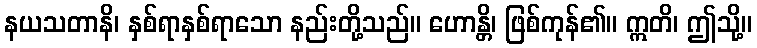
နယသတာနိ၊ နှစ်ရာနှစ်ရာသော နည်းတို့သည်။ ဟောန္တိ၊ ဖြစ်ကုန်၏။ ဣတိ၊ ဤသို့။